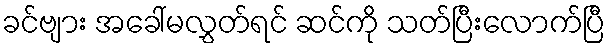
ခင်ဗျား အခေါ်မလွှတ်ရင် ဆင်ကို သတ်ပြီးလောက်ပြီ